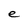
Character: e